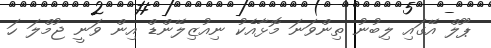
ޕޫލް އޭގައި ލިބުނު ތިންވަނަ މޮޅާއެކު ނިއުޒިލޭންޑް އިން ވަނީ ޖުމްލަ ހަ